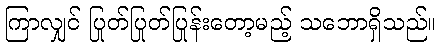
ကြာလျှင် ပြုတ်ပြုတ်ပြုန်းတော့မည့် သဘောရှိသည်။